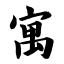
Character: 寓